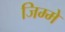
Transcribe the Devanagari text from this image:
जिम्‍मे